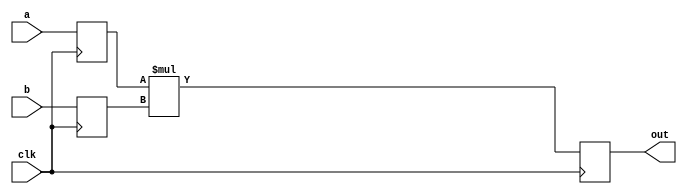
//-------------------------------------------------------
//  Functionality: A 2-bit multiply circuit with pipelines
//-------------------------------------------------------

module mult_2_pipelined(clk, a, b, out);
parameter DATA_WIDTH = 2;  /* declare a parameter. default required */
input [DATA_WIDTH - 1 : 0] a, b;
input clk;
output [DATA_WIDTH - 1 : 0] out;

reg [DATA_WIDTH - 1 : 0] a_reg;
reg [DATA_WIDTH - 1 : 0] b_reg;
reg [DATA_WIDTH - 1 : 0] out_reg;

always @(posedge clk) begin
  a_reg <= a;
  b_reg <= b;
  out_reg <= a_reg * b_reg;
end

assign out = out_reg;

endmodule